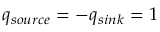
q _ { s o u r c e } = - q _ { s i n k } = 1